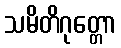
သမိတိဂုတ္တော